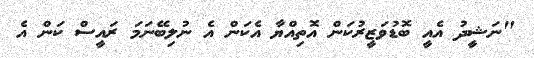
"ނަޝީދު އެއީ ބޮޑުވަޒީރުކަން އޮތިއްޔާ އެކަން އެ ނުލިބޭނަމަ ރައީސް ކަން އެ